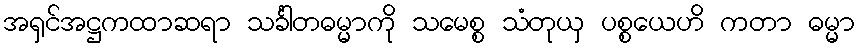
အရှင်အဋ္ဌကထာဆရာ သင်္ခါတဓမ္မာကို သမေစ္စ သံတုယှ ပစ္စယေဟိ ကတာ ဓမ္မာ